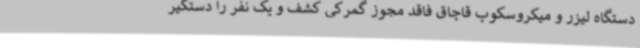
دستگاه لیزر و میکروسکوپ قاچاق فاقد مجوز گمرکی کشف و یک نفر را دستگیر